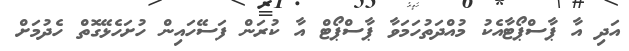
އަދި އާ ޕާސްޕޯޓާއެކު މުއްދަތުހަމަވާ ޕާސްޕޯޓް އާ ކުރަން ފަސޭހައިން ހުށަހެޅޭގޮތް ހެދުމަށް